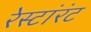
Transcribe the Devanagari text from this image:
रेस्टांरंट